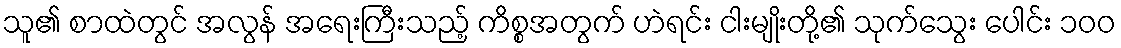
သူ၏ စာထဲတွင် အလွန် အရေးကြီးသည့် ကိစ္စအတွက် ဟဲရင်း ငါးမျိုးတို့၏ သုက်သွေး ပေါင်း ၁၀၀